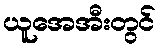
ယူအေအီးတွင်